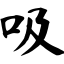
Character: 吸